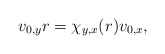
\begin{align*}v_{0,y}r=\chi_{y,x}(r)v_{0,x},\end{align*}